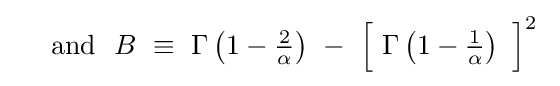
~\quad {\text{and}}~~B\ \equiv \ \Gamma \left(1-{\tfrac {2}{\alpha }}\right)\ -\ {\Bigr [}\ \Gamma \left(1-{\tfrac {1}{\alpha }}\right)\ {\Bigr ]}^{2}~